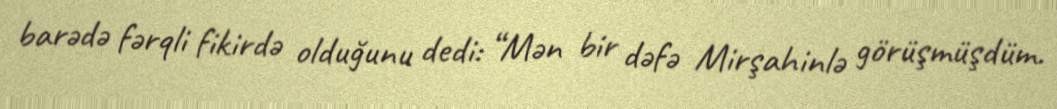
barədə fərqli fikirdə olduğunu dedi: “Mən bir dəfə Mirşahinlə görüşmüşdüm.